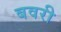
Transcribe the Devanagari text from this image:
बवरी